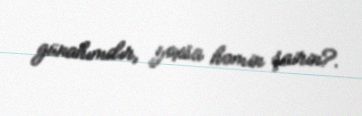
günahımdır, yoxsa həmin şairin?.